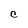
Character: C